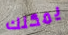
يمكنك